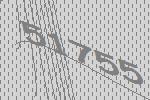
51755